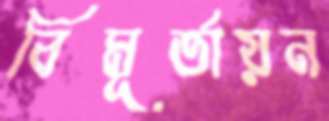
বিমূর্তায়ন